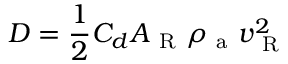
D = \frac { 1 } { 2 } C _ { d } A _ { \mathrm { ~ R ~ } } \rho _ { \mathrm { ~ a ~ } } v _ { \mathrm { ~ R ~ } } ^ { 2 }